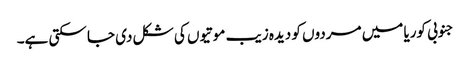
جنوبی کوریا میں مردوں کو دیدہ زیب موتیوں کی شکل دی جا سکتی ہے۔